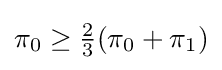
\pi _{0}\geq {\tfrac {2}{3}}(\pi _{0}+\pi _{1})